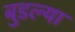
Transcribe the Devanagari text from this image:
बुडल्या